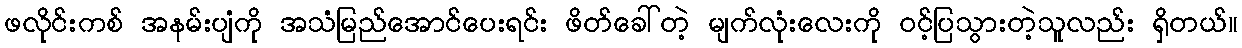
ဖလိုင်းကစ် အနမ်းပျံကို အသံမြည်အောင်ပေးရင်း ဖိတ်ခေါ်တဲ့ မျက်လုံးလေးကို ဝင့်ပြသွားတဲ့သူလည်း ရှိတယ်။